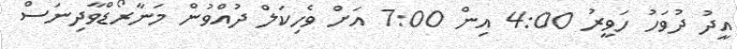
އީދު ދުވަހު ހަވީރު 4:00 އިން 7:00 އަށް ވެހިކަލް ދުއްވުން މަނާރޯޑްވާދިނަސް